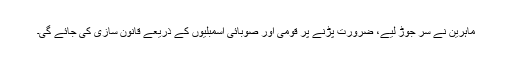
ماہرین نے سر جوڑ لیے، ضرورت پڑنے پر قومی اور صوبائی اسمبلیوں کے ذریعے قانون سازی کی جائے گی۔